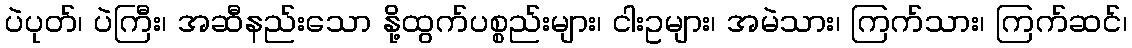
ပဲပုတ်၊ ပဲကြီး၊ အဆီနည်းသော နို့ထွက်ပစ္စည်းများ၊ ငါးဥများ၊ အမဲသား၊ ကြက်သား၊ ကြက်ဆင်၊